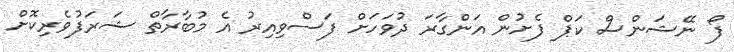
ފޯ ނޭޝަންސް ކަޕް ފެށުން އަންގާރަ ދުވަހަށް ފަސްވިއިރު އެ މުބާރާތް ޝަރަފުވެރިކޮށް